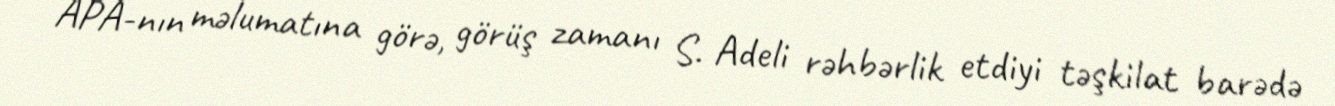
APA-nın məlumatına görə, görüş zamanı S. Adeli rəhbərlik etdiyi təşkilat barədə